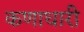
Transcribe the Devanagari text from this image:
कणाधारी